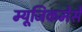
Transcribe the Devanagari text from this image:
म्यूजिकमेसे